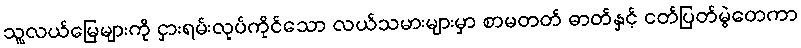
သူ့လယ်မြေများကို ငှားရမ်းလုပ်ကိုင်သော လယ်သမားများမှာ စာမတတ် ဓာတ်နှင့် ငတ်ပြတ်မွဲတေကာ